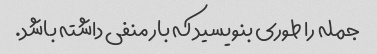
جمله را طوری بنویسید که بار منفی داشته باشد.